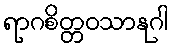
ရာဂစိတ္တဝသာနုဂါ